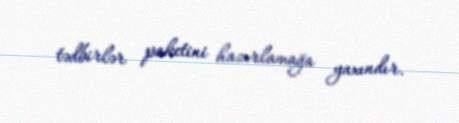
tədbirlər paketini hazırlamağa yaxındır.